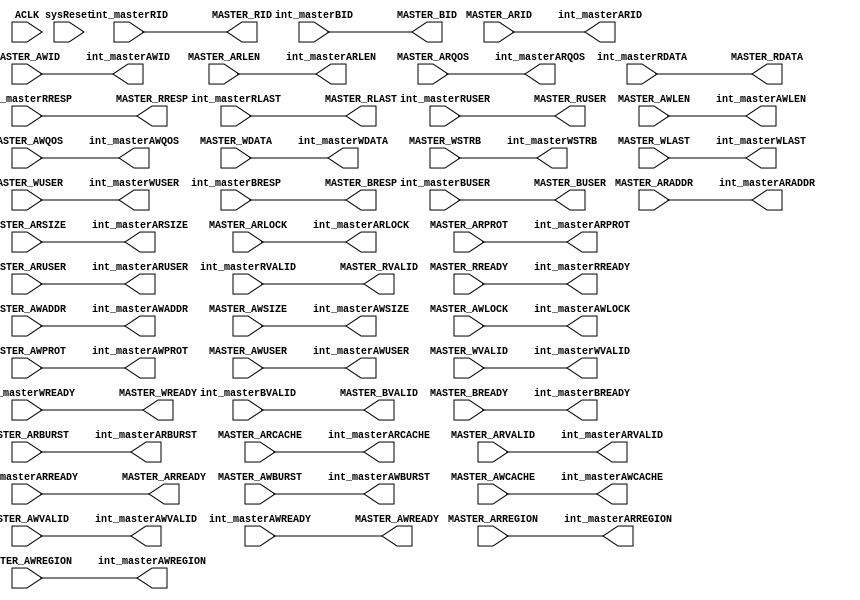
`timescale 1ns / 1ns

// *************************************************************************************************************/
// Cloudium Systems Ltd. Proprietary and Confidential
//   
// Copyright 2014 Cloudium Systems Ltd.  All rights reserved.
//
// ANY USE OR REDISTRIBUTION IN PART OR IN WHOLE MUST BE HANDLED IN
// ACCORDANCE WITH THE CLOUDIUM SYSTEMS LICENSE AGREEMENT AND MUST BE APPROVED
// IN ADVANCE IN WRITING.
//                                                                            
//                                                                             
// This confidential and proprietary software may be used only as authorised  
// by a licensing agreement from Cloudium Systems Ltd.                        
//                                                                             
// In the event of publication, the following notice is applicable:           
//                                                                            
// (C) COPYRIGHT 2014  Cloudium Systems LTD.                      
// ALL RIGHTS RESERVED                                                        
//                                                                            
// Version		: 1.1                                                     	  
//                                                                            
// Abstract	: 	This file provides an Master Protocol Converter for each master. All master side ports
//				can be AXI3, AXI4 or AXI4-Lite. Infrastructure components ensure all ports are
//				converted to AXI4 to be switched by AXI4Crossbar.
//                                                               
//              Note: AXI3 Interleaving not supported in AXI3 interface module.                                                              
//                                                                            
//                                                                            
// Modification History:                                                      
// Date		By			Version		Change Description                        
//                                                                            
// 24/10/14		OB			1.0			Initial release version               
//
//
// *************************************************************************************************************/
//-----------------------------------------------------------------------------
//-----------------------------------------------------------------------------
// synopsys translate_off
//`include "../include/Timescale.h"
// synopsys translate_on

module MstrProtocolConverter #

	(
		parameter integer 	NUM_MASTERS			= 4,			// defines number of master ports 
		parameter integer 	MASTER_NUMBER		= 0,			//current master
		parameter integer 	ADDR_WIDTH      	= 20,			// valid values - 16 - 64
		parameter integer 	DATA_WIDTH 			= 32,			// valid widths - 32, 64, 128, 256
		
		parameter [1:0] 	MASTER_TYPE			= 2'b00,		// Protocol type = AXI4 - 2'b00, AXI4Lite - 2'b01, AXI3 - 2'b11
		
		parameter integer 	USER_WIDTH 			= 1,			// defines the number of bits for USER signals RUSER and WUSER
	
		parameter integer 	ID_WIDTH   			= 1				// number of bits for ID (ie AID, WID, BID) - valid 1-8 
		
	)
	(

	//=====================================  Global Signals   ========================================================================
		input  wire                         ACLK,
		input  wire                       	sysReset,			// active high reset synchronoise to RE AClk - asserted async.
		
	output reg [ID_WIDTH-1:0] 		int_masterARID,
	output reg [ADDR_WIDTH-1:0]		int_masterARADDR,
	output reg [7:0]        		int_masterARLEN,
	output reg [2:0]          		int_masterARSIZE,
	output reg [1:0]          		int_masterARBURST,
	output reg [1:0]          		int_masterARLOCK,
	output reg [3:0]           		int_masterARCACHE,
	output reg [2:0]         		int_masterARPROT,
	output reg [3:0]          		int_masterARREGION,
	output reg [3:0]          		int_masterARQOS,
	output reg [USER_WIDTH-1:0]		int_masterARUSER,
	output reg            			int_masterARVALID,
	input wire             			int_masterARREADY,

	// Master Read Data Ports	
	input wire [ID_WIDTH-1:0]   	int_masterRID,
	input wire [DATA_WIDTH-1:0]		int_masterRDATA,
	input wire [1:0]           		int_masterRRESP,
	input wire                		int_masterRLAST,
	input wire [USER_WIDTH-1:0] 	int_masterRUSER,
	input wire                 		int_masterRVALID,
	output reg               		int_masterRREADY,

	// Master Write Address Ports	
	output reg [ID_WIDTH-1:0]  		int_masterAWID,
	output reg [ADDR_WIDTH-1:0] 	int_masterAWADDR,
	output reg [7:0]           		int_masterAWLEN,
	output reg [2:0]           		int_masterAWSIZE,
	output reg [1:0]           		int_masterAWBURST,
	output reg [1:0]           		int_masterAWLOCK,
	output reg [3:0]          		int_masterAWCACHE,
	output reg [2:0]           		int_masterAWPROT,
	output reg [3:0]            	int_masterAWREGION,
	output reg [3:0]           		int_masterAWQOS,
	output reg [USER_WIDTH-1:0]   	int_masterAWUSER,
	output reg                 		int_masterAWVALID,
	input wire                		int_masterAWREADY,
	
	// Master Write Data Ports	
	output reg [DATA_WIDTH-1:0]  	int_masterWDATA,
	output reg [(DATA_WIDTH/8)-1:0]	int_masterWSTRB,
	output reg                  	int_masterWLAST,
	output reg [USER_WIDTH-1:0] 	int_masterWUSER,
	output reg                  	int_masterWVALID,
	input wire                   	int_masterWREADY,
			
	// Master Write Response Ports	
	input  wire [ID_WIDTH-1:0]		int_masterBID,
	input  wire [1:0]           	int_masterBRESP,
	input  wire [USER_WIDTH-1:0] 	int_masterBUSER,
	input  wire      				int_masterBVALID,
	output reg						int_masterBREADY,

	//================================================= External Side Ports  ================================================//

	// Master Read Address Ports	
	input  wire [ID_WIDTH-1:0]  	MASTER_ARID,
	input  wire [ADDR_WIDTH-1:0]	MASTER_ARADDR,
	input  wire [7:0]           	MASTER_ARLEN,
	input  wire [2:0]        		MASTER_ARSIZE,
	input  wire [1:0]           	MASTER_ARBURST,
	input  wire [1:0]         		MASTER_ARLOCK,
	input  wire [3:0]          		MASTER_ARCACHE,
	input  wire [2:0]         		MASTER_ARPROT,
	input  wire [3:0]          		MASTER_ARREGION,
	input  wire [3:0]          		MASTER_ARQOS,
	input  wire [USER_WIDTH-1:0]	MASTER_ARUSER,
	input  wire                		MASTER_ARVALID,
	output reg                		MASTER_ARREADY,
	
	// Master Read Data Ports	
	output reg [ID_WIDTH-1:0]  		MASTER_RID,
	output reg [DATA_WIDTH-1:0]  	MASTER_RDATA,
	output reg [1:0]           		MASTER_RRESP,
	output reg                  	MASTER_RLAST,
	output reg [USER_WIDTH-1:0] 	MASTER_RUSER,
	output reg               		MASTER_RVALID,
	input wire                 		MASTER_RREADY,
	
	// Master Write Address Ports	
	input  wire [ID_WIDTH-1:0]   	MASTER_AWID,
	input  wire [ADDR_WIDTH-1:0] 	MASTER_AWADDR,
	input  wire [7:0]           	MASTER_AWLEN,
	input  wire [2:0]           	MASTER_AWSIZE,
	input  wire [1:0]           	MASTER_AWBURST,
	input  wire [1:0]            	MASTER_AWLOCK,
	input  wire [3:0]          		MASTER_AWCACHE,
	input  wire [2:0]           	MASTER_AWPROT,
	input  wire [3:0]           	MASTER_AWREGION,
	input  wire [3:0]           	MASTER_AWQOS,
	input  wire [USER_WIDTH-1:0] 	MASTER_AWUSER,
	input  wire                  	MASTER_AWVALID,
	output reg                		MASTER_AWREADY,
	
	// Master Write Data Ports	
	input wire [DATA_WIDTH-1:0]   	MASTER_WDATA,
	input wire [(DATA_WIDTH/8)-1:0]	MASTER_WSTRB,
	input wire                   	MASTER_WLAST,
	input wire [USER_WIDTH-1:0] 	MASTER_WUSER,
	input wire                  	MASTER_WVALID,
	output reg                  	MASTER_WREADY,
	
	// Master Write Response Ports	
	output reg [ID_WIDTH-1:0]		MASTER_BID,
	output reg [1:0]           		MASTER_BRESP,
	output reg [USER_WIDTH-1:0]  	MASTER_BUSER,
	output reg      				MASTER_BVALID,
	input wire						MASTER_BREADY

	);


//================================================= External Side Ports  ================================================//
	
	
	generate
		if ( MASTER_TYPE == 2'b00) 		// AXI4 Master type - direct connection
			begin
			
				//====================================== ASSIGNEMENTS =================================================
				always @(*)
					begin
			
						//from master to crossbar
						int_masterAWID 		<= MASTER_AWID;
						int_masterAWADDR 	<= MASTER_AWADDR;
						int_masterAWLEN 	<= MASTER_AWLEN;
						int_masterAWSIZE 	<= MASTER_AWSIZE;
						int_masterAWBURST 	<= MASTER_AWBURST;
						int_masterAWLOCK 	<= MASTER_AWLOCK;
						int_masterAWCACHE 	<= MASTER_AWCACHE;
						int_masterAWPROT 	<= MASTER_AWPROT;
						int_masterAWREGION 	<= MASTER_AWREGION;
						int_masterAWQOS 	<= MASTER_AWQOS;				// not used
						int_masterAWUSER 	<= MASTER_AWUSER;				// not used
						int_masterAWVALID 	<= MASTER_AWVALID;
						int_masterWDATA 	<= MASTER_WDATA;
						int_masterWSTRB 	<= MASTER_WSTRB;
						int_masterWLAST 	<= MASTER_WLAST;
						int_masterWUSER 	<= MASTER_WUSER;
						int_masterWVALID	<= MASTER_WVALID;
						int_masterBREADY 	<= MASTER_BREADY;
						int_masterARID 		<= MASTER_ARID;
						int_masterARADDR 	<= MASTER_ARADDR;
						int_masterARLEN 	<= MASTER_ARLEN;
						int_masterARSIZE 	<= MASTER_ARSIZE;
						int_masterARBURST 	<= MASTER_ARBURST;
						int_masterARLOCK 	<= MASTER_ARLOCK;
						int_masterARCACHE 	<= MASTER_ARCACHE;
						int_masterARPROT 	<= MASTER_ARPROT;
						int_masterARREGION 	<= MASTER_ARREGION;
						int_masterARQOS 	<= MASTER_ARQOS;		// not used
						int_masterARUSER 	<= MASTER_ARUSER;
						int_masterARVALID 	<= MASTER_ARVALID;
						int_masterRREADY 	<= MASTER_RREADY;

						//================================================= External Side Ports  ===============================
						//from crossbar to master
						MASTER_AWREADY 		<= int_masterAWREADY;
						MASTER_WREADY 		<= int_masterWREADY;
						MASTER_BID 			<= int_masterBID;
						MASTER_BRESP 		<= int_masterBRESP;
						MASTER_BUSER 		<= int_masterBUSER;
						MASTER_BVALID 		<= int_masterBVALID;
						MASTER_ARREADY 		<= int_masterARREADY;

						MASTER_RID 			<= int_masterRID;
						MASTER_RDATA 		<= int_masterRDATA;
						MASTER_RRESP 		<= int_masterRRESP;
						MASTER_RLAST 		<= int_masterRLAST;
						MASTER_RUSER 		<= int_masterRUSER;
						MASTER_RVALID 		<= int_masterRVALID;

					end
			end
			
		else if ( MASTER_TYPE == 2'b01) 		// AXI4-Lite Master type	
			begin
			
				always @(*)
					begin
					
						int_masterAWLEN  	<= 0; 			// always single cycle
						int_masterAWBURST  	<= 2'b01;		// burst length is defined as 1.

						int_masterAWLOCK <= 0;

						int_masterAWCACHE 	<= 4'b0000;		// <= 0b0000; signal discarded. All transactions are treated as Non-modifiable and Non-bufferable.
						int_masterWLAST 	<= 1'b1;		// 
						int_masterARLEN 	<= 0; 			// always 1 beat in burst
						int_masterARBURST  	<= 2'b01;		// burst length is defined as 1.
						
						int_masterARLOCK <= 0;
						
						int_masterARCACHE  	<= 4'b0000;		// <= 0b0000; signal discarded. All transactions are treated as Non-modifiable and Non-bufferable.

						int_masterAWID <= 0;				//MASTER_AWID not provided. Use fixed ID value. All transactions must be in order
						// andreag: propagate the master transfer size for any data_width
						int_masterAWSIZE <= MASTER_AWSIZE;	//3'b010
						int_masterARSIZE <= MASTER_ARSIZE;	//3'b010
						// from master to crossbar
				    
						int_masterAWADDR 	<= MASTER_AWADDR;
				    
						int_masterAWPROT 	<= MASTER_AWPROT;
						int_masterAWREGION 	<= MASTER_AWREGION;
						int_masterAWQOS 	<= MASTER_AWQOS;				// not used
						int_masterAWUSER 	<= MASTER_AWUSER;				// not used
						int_masterAWVALID 	<= MASTER_AWVALID;
						int_masterWDATA 	<= MASTER_WDATA;
						int_masterWSTRB 	<= MASTER_WSTRB;
						int_masterWUSER 	<= MASTER_WUSER;
						int_masterWVALID 	<= MASTER_WVALID;
						int_masterBREADY 	<= MASTER_BREADY;
						int_masterARID 		<= MASTER_ARID;
						int_masterARADDR 	<= MASTER_ARADDR;

						int_masterARPROT 	<= MASTER_ARPROT;
						int_masterARREGION 	<= MASTER_ARREGION;
						int_masterARQOS 	<= MASTER_ARQOS;		// not used
						int_masterARUSER 	<= MASTER_ARUSER;
						int_masterARVALID 	<= MASTER_ARVALID;
						int_masterRREADY 	<= MASTER_RREADY;
				   
						//================================= External Side Ports  ==============================================

						//from crossbar to master
						MASTER_AWREADY 	<= int_masterAWREADY;
						MASTER_WREADY 	<= int_masterWREADY;
						MASTER_BID 		<= int_masterBID;

						if (int_masterBRESP == 2'b01)	//EXOKAY Not supported by AXI4Lite protocol
							begin
								MASTER_BRESP <= 2'b00; //OKAY
							end
						else
							begin
								MASTER_BRESP <= int_masterBRESP;
							end
							
						MASTER_BUSER 	<= int_masterBUSER;
						MASTER_BVALID 	<= int_masterBVALID;
						MASTER_ARREADY 	<= int_masterARREADY;

						MASTER_RID 		<= int_masterRID;
						MASTER_RDATA 	<= int_masterRDATA;
						
						if (int_masterRRESP == 2'b01)	//EXOKAY Not supported by AXI4Lite protocol
							begin
								MASTER_RRESP <= 2'b00; //OKAY
							end
						else
							begin
								MASTER_RRESP <= int_masterRRESP;
							end
							
						MASTER_RLAST 	<= int_masterRLAST;
						MASTER_RUSER 	<= int_masterRUSER;
						MASTER_RVALID 	<= int_masterRVALID;
					end
			end

		else 			// Axi3 to AXI4
			begin
				always @(*)
					begin
						//from master to crossbar
						int_masterAWID 		<= MASTER_AWID;
						int_masterAWADDR 	<= MASTER_AWADDR;
						int_masterAWLEN 	<= MASTER_AWLEN;
						int_masterAWSIZE 	<= MASTER_AWSIZE;
						int_masterAWBURST 	<= MASTER_AWBURST;
						
						int_masterAWLOCK <= ( MASTER_AWLOCK == 2'b10 ) ? 2'b00 : MASTER_AWLOCK;	//map between AXI3 and AXI4 locking mechanisms
						
						int_masterAWCACHE 	<= MASTER_AWCACHE;
						int_masterAWPROT 	<= MASTER_AWPROT;
						int_masterAWREGION 	<= MASTER_AWREGION;
						int_masterAWQOS 	<= MASTER_AWQOS;				// not used
						int_masterAWUSER 	<= MASTER_AWUSER;				// not used
						int_masterAWVALID 	<= MASTER_AWVALID;
						int_masterWDATA 	<= MASTER_WDATA;
						int_masterWSTRB 	<= MASTER_WSTRB;
						int_masterWLAST 	<= MASTER_WLAST;
						int_masterWUSER 	<= MASTER_WUSER;
						int_masterWVALID	<= MASTER_WVALID;
						int_masterBREADY 	<= MASTER_BREADY;
						int_masterARID 		<= MASTER_ARID;
						int_masterARADDR 	<= MASTER_ARADDR;
						int_masterARLEN 	<= MASTER_ARLEN;
						int_masterARSIZE 	<= MASTER_ARSIZE;
						int_masterARBURST 	<= MASTER_ARBURST;
						
						int_masterARLOCK <= ( MASTER_ARLOCK == 2'b10 ) ? 2'b00 : MASTER_AWLOCK;	//map between AXI3 and AXI4 locking mechanisms
						
						int_masterARCACHE 	<= MASTER_ARCACHE;
						int_masterARPROT 	<= MASTER_ARPROT;
						int_masterARREGION 	<= MASTER_ARREGION;
						int_masterARQOS 	<= MASTER_ARQOS;		// not used
						int_masterARUSER 	<= MASTER_ARUSER;
						int_masterARVALID 	<= MASTER_ARVALID;
						int_masterRREADY 	<= MASTER_RREADY;

						//================================================= External Side Ports  ===============================
						//from crossbar to master
						MASTER_AWREADY 		<= int_masterAWREADY;
						MASTER_WREADY 		<= int_masterWREADY;
						MASTER_BID 			<= int_masterBID;
						MASTER_BRESP 		<= int_masterBRESP;
						MASTER_BUSER 		<= int_masterBUSER;
						MASTER_BVALID 		<= int_masterBVALID;
						MASTER_ARREADY 		<= int_masterARREADY;

						MASTER_RID 			<= int_masterRID;
						MASTER_RDATA 		<= int_masterRDATA;
						MASTER_RRESP 		<= int_masterRRESP;
						MASTER_RLAST 		<= int_masterRLAST;
						MASTER_RUSER 		<= int_masterRUSER;
						MASTER_RVALID 		<= int_masterRVALID;
						
					end
			end
			
	endgenerate
	
endmodule